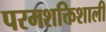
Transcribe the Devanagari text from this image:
परमशक्तिशाली